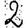
Digit: 2